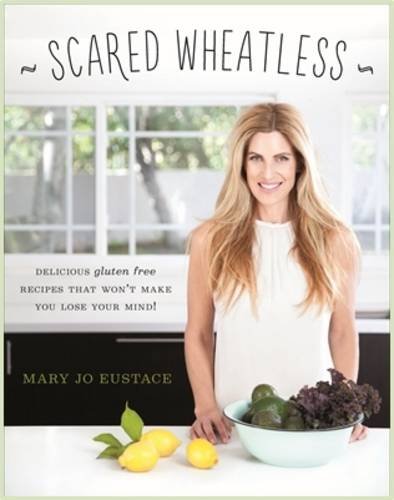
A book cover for Scared Wheatless: Delicious Gluten-Free Recipes That Won't Make You Lose Your Mind!; Mary Jo Eustace; Health, Fitness & Dieting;